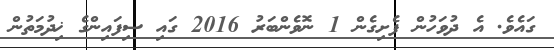
ގައެވެ. އެ ދުވަހުން ފެށިގެން 1 ނޮވެންބަރު 2016 ގައި ސިފައިންގެ ޚިދުމަތުން